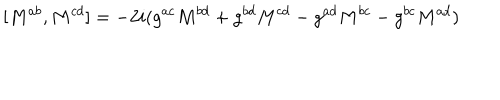
[ M ^ { a b } , M ^ { c d } ] = - 2 i ( g ^ { a c } M ^ { b d } + g ^ { b d } M ^ { c d } - g ^ { a d } M ^ { b c } - g ^ { b c } M ^ { a d } )